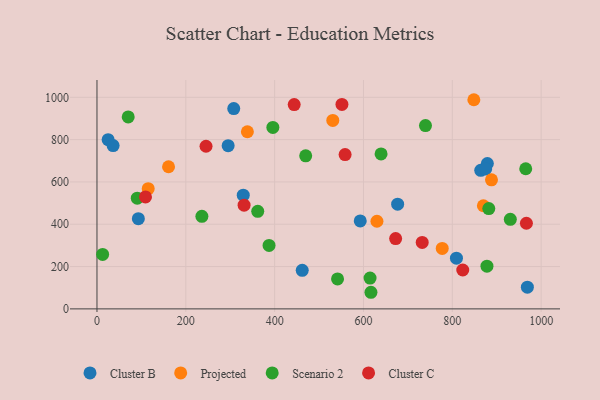
{"axis": {"x": "Experience", "y": "Exam Score"}, "legend": ["Cluster B", "Cluster C", "Projected", "Scenario 2"], "data": [{"x": "878.9", "y": 687.1, "type": "Cluster B"}, {"x": "462.1", "y": 182.3, "type": "Cluster B"}, {"x": "329.3", "y": 537.4, "type": "Cluster B"}, {"x": "864.0", "y": 655.0, "type": "Cluster B"}, {"x": "875.1", "y": 661.5, "type": "Cluster B"}, {"x": "307.9", "y": 946.8, "type": "Cluster B"}, {"x": "25.1", "y": 800.0, "type": "Cluster B"}, {"x": "93.1", "y": 426.4, "type": "Cluster B"}, {"x": "676.9", "y": 494.9, "type": "Cluster B"}, {"x": "295.3", "y": 771.6, "type": "Cluster B"}, {"x": "36.3", "y": 772.1, "type": "Cluster B"}, {"x": "592.7", "y": 415.7, "type": "Cluster B"}, {"x": "809.3", "y": 239.5, "type": "Cluster B"}, {"x": "969.0", "y": 102.8, "type": "Cluster B"}, {"x": "777.3", "y": 285.7, "type": "Projected"}, {"x": "869.9", "y": 487.4, "type": "Projected"}, {"x": "848.5", "y": 988.6, "type": "Projected"}, {"x": "115.3", "y": 568.2, "type": "Projected"}, {"x": "161.1", "y": 671.7, "type": "Projected"}, {"x": "530.9", "y": 890.9, "type": "Projected"}, {"x": "338.6", "y": 837.3, "type": "Projected"}, {"x": "630.3", "y": 414.3, "type": "Projected"}, {"x": "888.2", "y": 609.8, "type": "Projected"}, {"x": "878.0", "y": 202.0, "type": "Scenario 2"}, {"x": "70.3", "y": 907.3, "type": "Scenario 2"}, {"x": "639.6", "y": 732.4, "type": "Scenario 2"}, {"x": "361.9", "y": 461.1, "type": "Scenario 2"}, {"x": "236.2", "y": 437.4, "type": "Scenario 2"}, {"x": "396.0", "y": 857.8, "type": "Scenario 2"}, {"x": "930.6", "y": 423.5, "type": "Scenario 2"}, {"x": "616.8", "y": 78.5, "type": "Scenario 2"}, {"x": "12.7", "y": 257.2, "type": "Scenario 2"}, {"x": "387.4", "y": 299.9, "type": "Scenario 2"}, {"x": "469.9", "y": 723.5, "type": "Scenario 2"}, {"x": "965.3", "y": 662.3, "type": "Scenario 2"}, {"x": "90.7", "y": 523.5, "type": "Scenario 2"}, {"x": "739.6", "y": 866.3, "type": "Scenario 2"}, {"x": "614.8", "y": 145.8, "type": "Scenario 2"}, {"x": "882.1", "y": 474.0, "type": "Scenario 2"}, {"x": "541.6", "y": 141.5, "type": "Scenario 2"}, {"x": "672.4", "y": 332.4, "type": "Cluster C"}, {"x": "551.5", "y": 966.4, "type": "Cluster C"}, {"x": "245.5", "y": 768.8, "type": "Cluster C"}, {"x": "444.0", "y": 965.7, "type": "Cluster C"}, {"x": "331.2", "y": 490.2, "type": "Cluster C"}, {"x": "732.2", "y": 314.0, "type": "Cluster C"}, {"x": "966.8", "y": 404.8, "type": "Cluster C"}, {"x": "109.2", "y": 529.2, "type": "Cluster C"}, {"x": "558.6", "y": 729.5, "type": "Cluster C"}, {"x": "823.5", "y": 183.8, "type": "Cluster C"}]}